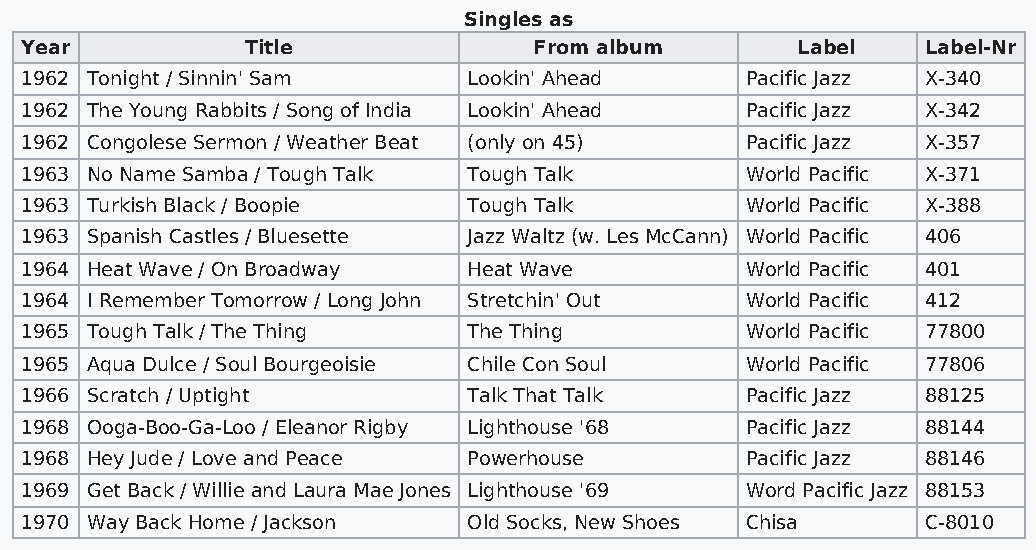
Singles as
 Year           Title              From album        Label   Label-Nr
 1962 Tonight / Sinnin' Sam    Lookin' Ahead     Pacific Jazz X-340
 1962 The Young Rabbits / Song of India Lookin' Ahead Pacific Jazz X-342
 1962 Congolese Sermon / Weather Beat (only on 45) Pacific Jazz X-357
 1963 No Name Samba / Tough Talk Tough Talk      World Pacific X-371
 1963 Turkish Black / Boopie   Tough Talk        World Pacific X-388
 1963 Spanish Castles / Bluesette Jazz Waltz (w. Les McCann) World Pacific 406
 1964 Heat Wave / On Broadway  Heat Wave         World Pacific 401
 1964 I Remember Tomorrow / Long John Stretchin' Out World Pacific 412
 1965 Tough Talk / The Thing   The Thing         World Pacific 77800
 1965 Aqua Dulce / Soul Bourgeoisie Chile Con Soul World Pacific 77806
 1966 Scratch / Uptight        Talk That Talk    Pacific Jazz 88125
 1968 Ooga-Boo-Ga-Loo / Eleanor Rigby Lighthouse '68 Pacific Jazz 88144
 1968 Hey Jude / Love and Peace Powerhouse       Pacific Jazz 88146
 1969 Get Back / Willie and Laura Mae Jones Lighthouse '69 Word Pacific Jazz 88153
 1970 Way Back Home / Jackson  Old Socks, New Shoes Chisa    C-8010